Report of the Municipal Commissioner on the plague in Bombay for the year ending 31st May... - Volume 2
Disease focus: Plague
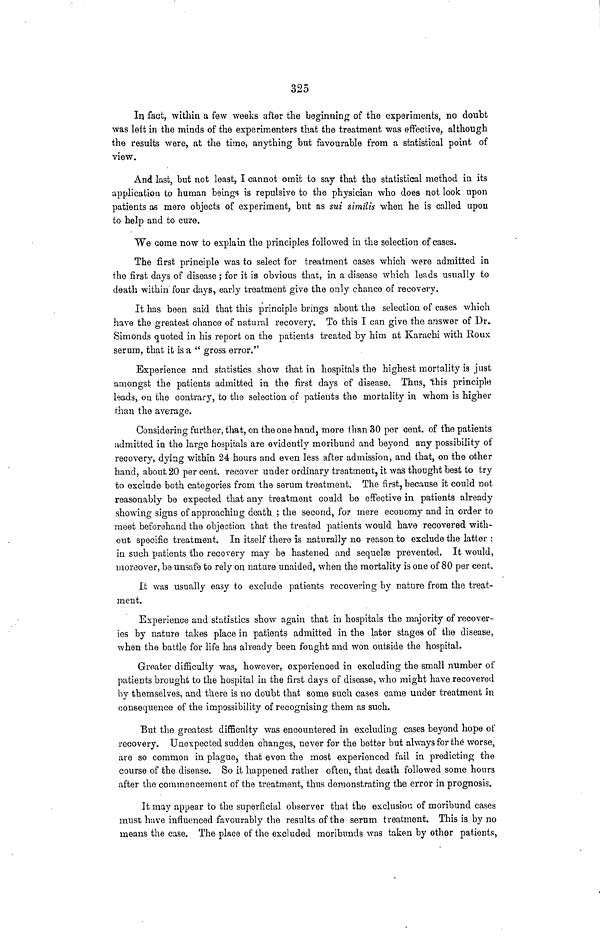
325
In fact, within a few weeks after the beginning of the experiments, no doubt
was left in the minds of the experimenters that the treatment was effective, although
the results were, at the time, anything but favourable from a statistical point of
view.
And last, but not least, I cannot omit to say that the statistical method in its
application to human beings is repulsive to the physician who does not look upon
patients as mere objects of experiment, but as sui similis when he is called upon
to help and to cure.
We come now to explain the principles followed in the selection of cases.
The first principle was to select for treatment cases which were admitted in
the first days of disease ; for it is obvious that, in a disease which leads usually to
death within four days, early treatment give the only chance of recovery.
It has been said that this principle brings about the selection of cases which
have the greatest chance of natural recovery. To this I can give the answer of Dr.
Simonds quoted in his report on the patients treated by him at Karachi with Roux
serum, that it is a "gross error."
Experience and statistics show that in hospitals the highest mortality is just
amongst the patients admitted in the first days of disease. Thus, this principle
leads, on the contrary, to the selection of patients the mortality in whom is higher
than the average.
Considering further, that, on the one hand, more than 30 per cent. of the patients
admitted in the large hospitals are evidently moribund and beyond any possibility of
recovery, dying within 24 hours and even less after admission, and that, on the other
hand, about 20 per cent. recover under ordinary treatment, it was thought best to try
to exclude both categories from the serum treatment. The first, because it could not
reasonably be expected that any treatment could be effective in patients already
showing signs of approaching death ; the second, for mere economy and in order to
meet beforehand the objection that the treated patients would have recovered with-
out specific treatment. In itself there is naturally no reason to exclude the latter :
in such patients the recovery may be hastened and sequelæ prevented. It would,
moreover, he unsafe to rely on nature unaided, when the mortality is one of 80 per cent.
It was usually easy to exclude patients recovering by nature from the treat-
ment.
Experience and statistics show again that in hospitals the majority of recover-
ies by nature takes place in patients admitted in the later stages of the disease,
when the battle for life has already been fought and won outside the hospital.
Greater difficulty was, however, experienced in excluding the small number of
patients brought to the hospital in the first days of disease, who might have recovered
by themselves, and there is no doubt that some such cases came under treatment in
consequence of the impossibility of recognising them as such.
But the greatest difficulty was encountered in excluding cases beyond hope of
recovery. Unexpected sudden changes, never for the better but always for the worse,
are so common in plague, that even the most experienced fail in predicting the
course of the disease. So it happened rather often, that death followed some hours
after the commencement of the treatment, thus demonstrating the error in prognosis.
It may appear to the superficial observer that the exclusion of moribund cases
must have influenced favourably the results of the serum treatment. This is by no
means the case. The place of the excluded moribnnds was taken by other patients,